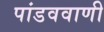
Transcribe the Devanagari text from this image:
पांडववाणी